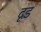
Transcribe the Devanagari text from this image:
दृड